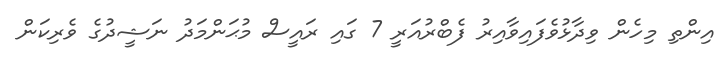
އިންތި މިހެން ވިދާޅުވެފައިވާއިރު ފެބްރުއަރީ 7 ގައި ރައީސް މުޙަންމަދު ނަޝީދުގެ ވެރިކަން